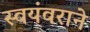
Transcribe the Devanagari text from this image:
स्वयंवराने